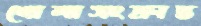
খোলাসংক্রান্ত